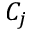
C _ { j }